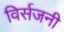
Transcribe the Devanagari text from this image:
विर्सजनी